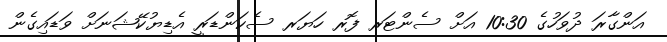
އަންގާރަ ދުވަހުގެ 10:30 އަށް ސެންޓަރ ފޮރ ހަޔަރ ސެކަންޑަރީ އެޑިޔުކޭޝަނަށް ވަޑައިގެން